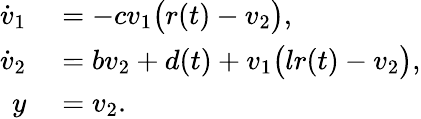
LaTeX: \begin{array}{rl}{\dot{v}_{1}}&{{}=-cv_{1}\big(r(t)-v_{2}\big),}\\ {\dot{v}_{2}}&{{}=bv_{2}+d(t)+v_{1}\big(lr(t)-v_{2}\big),}\\ {y}&{{}=v_{2}.}\end{array}